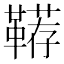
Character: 鞯